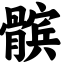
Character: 髌